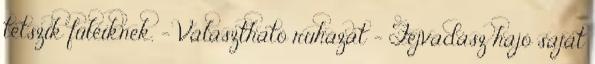
tetszik füleiknek. - Választható ruházat - Fejvadász hajó saját